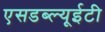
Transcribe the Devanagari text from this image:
एसडब्ल्यूईटी